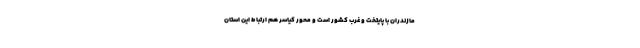
مازندران با پایتخت و غرب کشور است و محور کیاسر هم ارتباط این استان